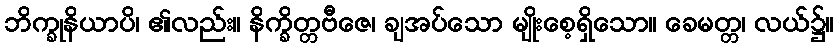
ဘိက္ခုနိယာပိ၊ ၏လည်း။ နိက္ခိတ္တဗီဇေ၊ ချအပ်သော မျိုးစေ့ရှိသော။ ခေမတ္တ၊ လယ်၌။